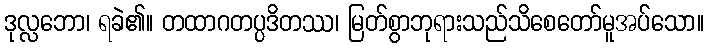
ဒုလ္လဘော၊ ရခဲ၏။ တထာဂတပ္ပဒိတဿ၊ မြတ်စွာဘုရားသည်သိစေတော်မူအပ်သော။